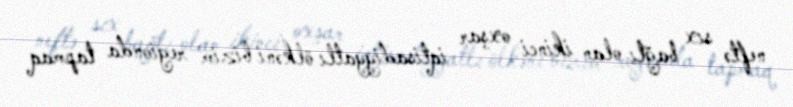
neftə sıx bağlı olan ikinci oxşar iqtisadiyyatlı ölkəni bizim regionda tapmaq